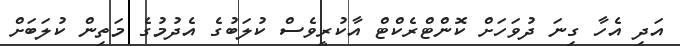
އަދި އެހާ ގިނަ ދުވަހަށް ކޮންޓްރެކްޓް އާކުރީވެސް ކުލަބުގެ އެދުމުގެ މަތިން ކުލަބަށް